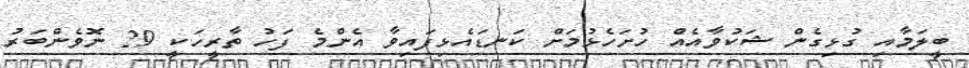
ބީލަމާއި ގުޅިގެން ޝަކުވާއެއް ހުށަހެޅުމަށް ކަނޑައެޅިފައިވާ އެންމެ ފަހު ތާރީހަކީ 29 ނޮވެންބަރު